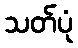
သတ်ပုံ